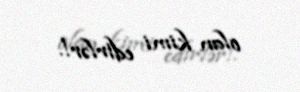
olan kimi edirlər!.